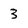
Character: 3